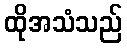
ထိုအသံသည်